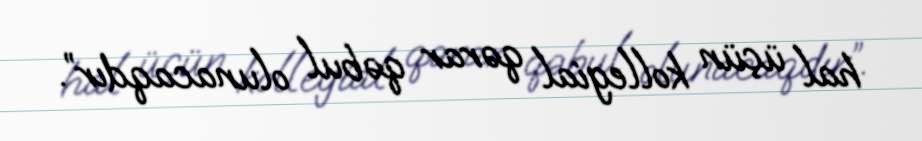
hal üçün kollegial qərar qəbul olunacaqdır”.